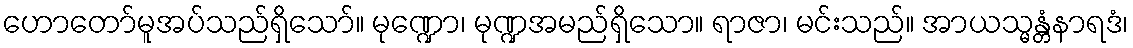
ဟောတော်မူအပ်သည်ရှိသော်။ မုဏ္ဍော၊ မုဏ္ဍအမည်ရှိသော။ ရာဇာ၊ မင်းသည်။ အာယသ္မန္တံနာရဒံ၊